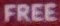
FREE